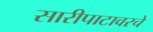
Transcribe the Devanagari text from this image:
सारीपाटावरचे